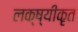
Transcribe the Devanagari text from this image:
लक्ष्यीकृत